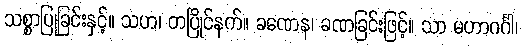
သစ္စာပြုခြင်းနှင့်။ သဟ၊ တပြိုင်နက်။ ခဏေန၊ ခဏခြင်းဖြင့်။ သာ မဟာဂင်္ဂါ၊